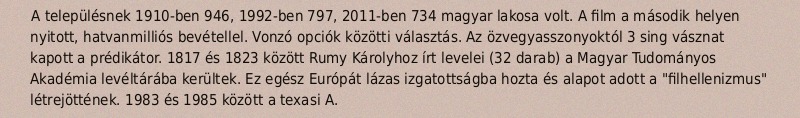
A településnek 1910-ben 946, 1992-ben 797, 2011-ben 734 magyar lakosa volt. A film a második helyen nyitott, hatvanmilliós bevétellel. Vonzó opciók közötti választás. Az özvegyasszonyoktól 3 sing vásznat kapott a prédikátor. 1817 és 1823 között Rumy Károlyhoz írt levelei (32 darab) a Magyar Tudományos Akadémia levéltárába kerültek. Ez egész Európát lázas izgatottságba hozta és alapot adott a "filhellenizmus" létrejöttének. 1983 és 1985 között a texasi A.